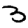
Digit: 3